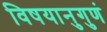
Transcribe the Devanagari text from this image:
विषयानुगुणं